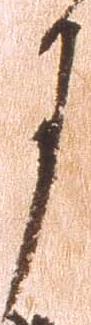
月